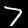
Digit: 7